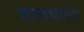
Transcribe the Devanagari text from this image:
कालभारत